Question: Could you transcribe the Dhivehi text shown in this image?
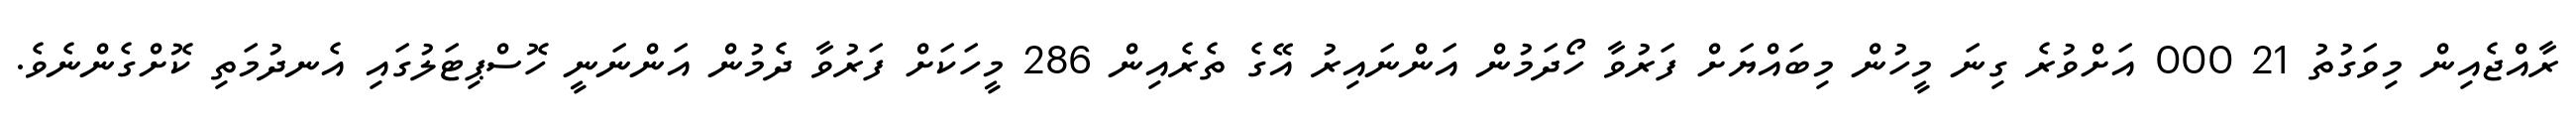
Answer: ރާއްޖެއިން މިވަގުތު 21 000 އަށްވުރެ ގިނަ މީހުން މިބައްޔަށް ފަރުވާ ހޯދަމުން އަންނައިރު އޭގެ ތެރެއިން 286 މީހަކަށް ފަރުވާ ދެމުން އަންނަނީ ހޮސްޕިޓަލުގައި އެނދުމަތި ކޮށްގެންނެވެ.